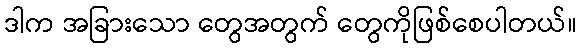
ဒါက အခြားသော တွေအတွက် တွေကိုဖြစ်စေပါတယ်။